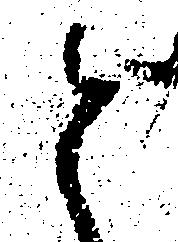
と